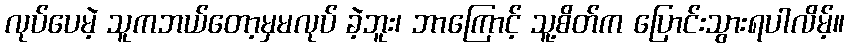
လုပ်ပေမဲ့ သူကဘယ်တော့မှမလုပ် ခဲ့ဘူး၊ ဘာကြောင့် သူ့စိတ်က ပြောင်းသွားရပါလိမ့်။